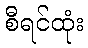
စီရင်ထုံး